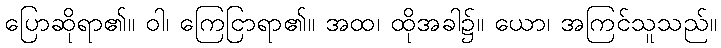
ပြောဆိုရာ၏။ ဝါ၊ ကြေငြာရာ၏။ အထ၊ ထိုအခါ၌။ ယော၊ အကြင်သူသည်။